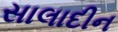
સાલાદીન